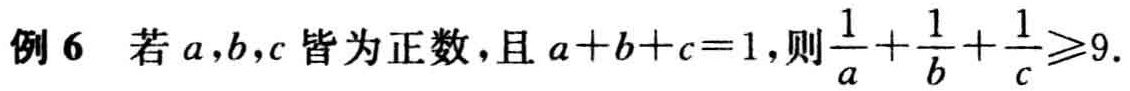
例 6 若 \(a,b,c\) 皆为正数，且 \(a + b + c = 1\)，则 \(\frac{1}{a}+\frac{1}{b}+\frac{1}{c}\geqslant9\).